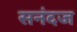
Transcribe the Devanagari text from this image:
सनंदज